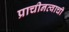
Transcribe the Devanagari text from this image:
प्राचीनत्वाची